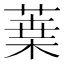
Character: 𦹁